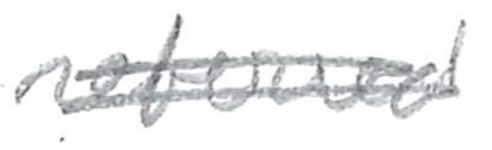
Text: referred
Cross-out: double-line
Writing tool: pencil